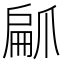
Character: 𭶳